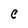
Character: C